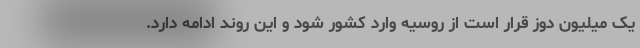
یک میلیون دوز قرار است از روسیه وارد کشور شود و این روند ادامه دارد.